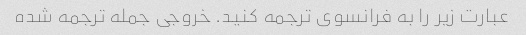
عبارت زیر را به فرانسوی ترجمه کنید. خروجی جمله ترجمه شده